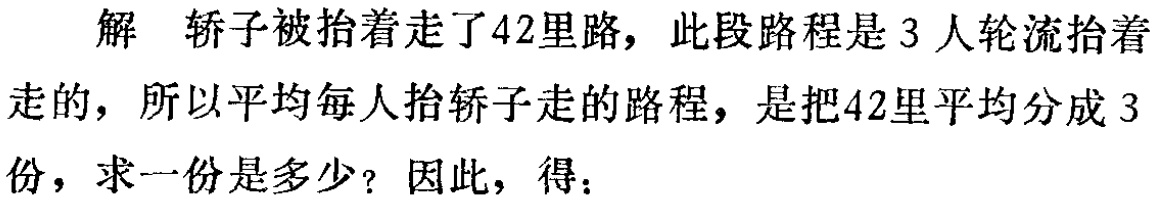
解 轿子被抬着走了42里路，此段路程是 3 人轮流抬着

走的，所以平均每人抬轿子走的路程，是把42里平均分成 3

份，求一份是多少？ 因此，得：